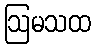
ဩမသထ